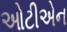
ઓટીએન